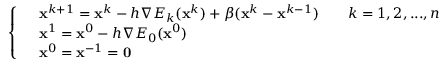
\left\{ \begin{array} { r l r l } & { \mathbf { x } ^ { k + 1 } = \mathbf { x } ^ { k } - h \nabla E _ { k } ( \mathbf { x } ^ { k } ) + \beta ( \mathbf { x } ^ { k } - \mathbf { x } ^ { k - 1 } ) } & & { { k = 1 , 2 , . . . , n } } \\ & { \mathbf { x } ^ { 1 } = \mathbf { x } ^ { 0 } - h \nabla E _ { 0 } ( \mathbf { x } ^ { 0 } ) } \\ & { \mathbf { x } ^ { 0 } = \mathbf { x } ^ { - 1 } = \mathbf { 0 } } \end{array} \right.